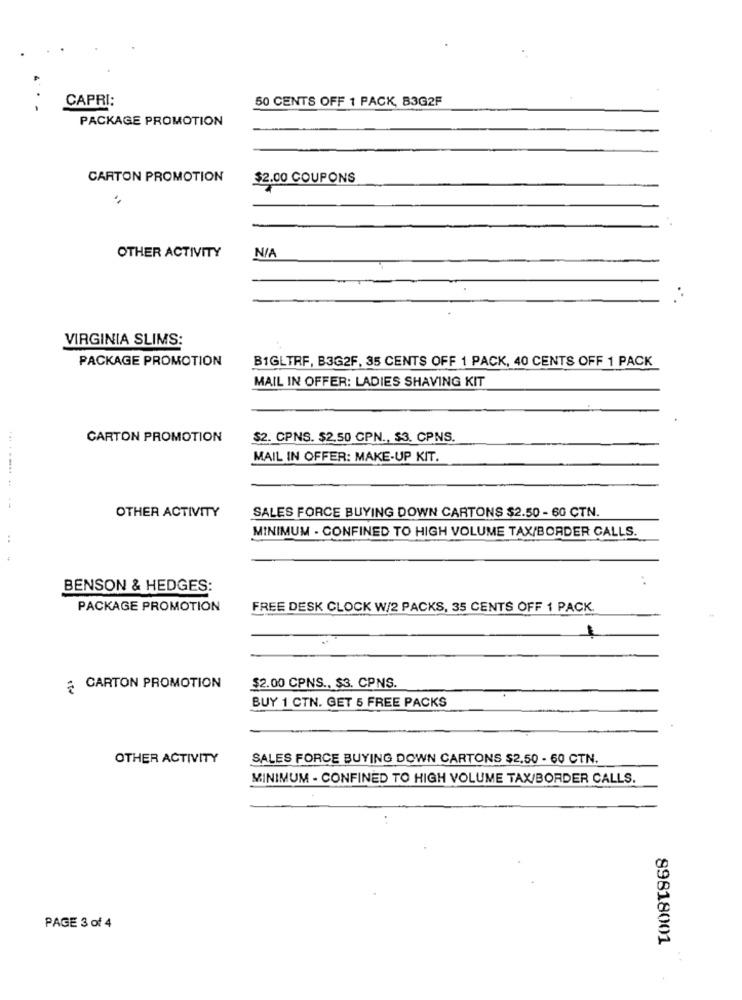
CAPRI:
50 CENTS OFF 1 PACK, B3G2F
PACKAGE PROMOTION
CARTON PROMOTION
$2.00 COUPONS
OTHER ACTIVITY
..
VIRGINIA SLIMS:
PACKAGE PROMOTION
B1GLTRF, B3G2F, 35 CENTS OFF 1 PACK, 40 CENTS OFF 1 PACK
MAIL IN OFFER: LADIES SHAVING KIT
CARTON PROMOTION
$2. CPNS. $2,50 CPN ., $3. CPNS.
MAIL IN OFFER: MAKE-UP KIT.
... ......
OTHER ACTIVITY
SALES FORCE BUYING DOWN CARTONS $2.50 - 60 CTN.
MINIMUM - CONFINED TO HIGH VOLUME TAX/BORDER CALLS.
..
BENSON & HEDGES:
PACKAGE PROMOTION
FREE DESK CLOCK W/2 PACKS, 35 CENTS OFF 1 PACK.
CARTON PROMOTION
$2.00 CPNS ., $3. CPNS.
BUY 1 CTN. GET 5 FREE PACKS
OTHER ACTIVITY
SALES FORCE BUYING DOWN CARTONS $2.50 - 60 CTN.
MINIMUM - CONFINED TO HIGH VOLUME TAX/BORDER CALLS.
PAGE 3 of 4
89818001